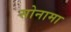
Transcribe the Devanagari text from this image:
सोनामा